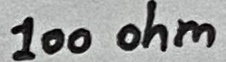
Text: 100 ohm